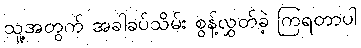
သူ့အတွက် အခါခပ်သိမ်း စွန့်လွှတ်ခဲ့ ကြရတာပါ